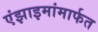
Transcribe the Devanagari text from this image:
एंझाइमांमार्फत